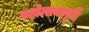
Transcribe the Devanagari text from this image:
महोत्सवापूर्वी